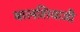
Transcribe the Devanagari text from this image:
बालशिवाजी